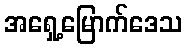
အရှေ့မြောက်ဒေသ